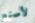
لأصنع